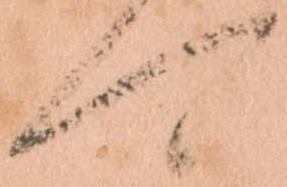
可